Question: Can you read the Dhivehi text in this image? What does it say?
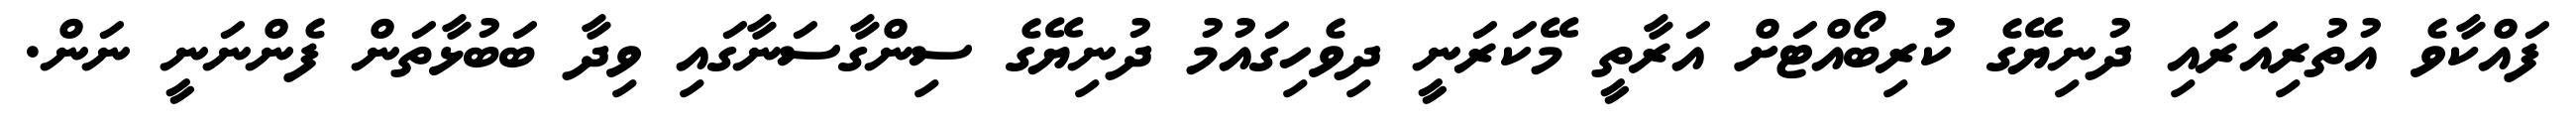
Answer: ފައްކާވެ އުތުރިއަރައި ދުނިޔޭގެ ކުރިބޯއްޓަށް އަރާތީ މޭކަރަނީ ދިވެހިގައުމު ދުނިޔޭގެ ސިންގާސަނާގައި ވިދާ ބަބުޅާތަން ފެންނަނީ ނަން.